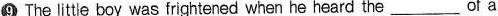
⑨ The little boy was frightened when he heard the___ of a